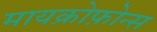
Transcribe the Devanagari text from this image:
मायक्रोफ़ोन्स